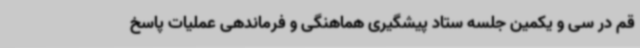
قم در سی و یکمین جلسه ستاد پیشگیری هماهنگی و فرماندهی عملیات پاسخ